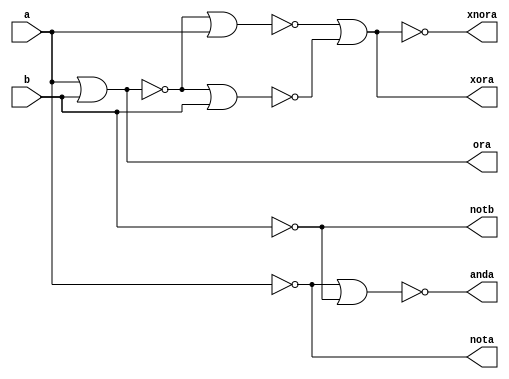
//NOR as a universal gate
// Universal NOR
module universal_nor(
	input a, b,
	output nota,
	output notb,
	output anda,
	output ora,
	output xora,
	output xnora		
	);
	wire t1, t2, t3;
	//NOT gate
	nor (nota, a, a);
	//OR gate
	nor (t1, a, b);
	nor (ora, t1, t1);
	//AND gate
	nor (notb, b, b);
	nor (anda, nota, notb);
	//XOR gate
	nor (xora, xnora, xnora);
	//XNOR gate
	nor (t2, t1, a);
	nor (t3, t1, b);
	nor (xnora, t2, t3);
endmodule